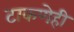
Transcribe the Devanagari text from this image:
टाकणेही